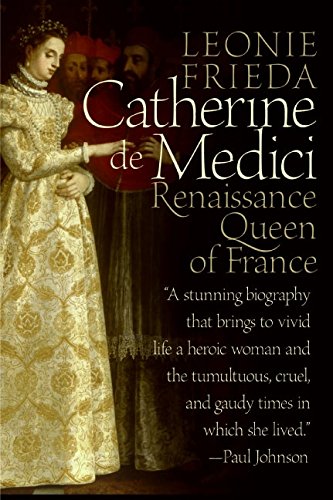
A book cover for Catherine de Medici: Renaissance Queen of France; Leonie Frieda; Biographies & Memoirs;